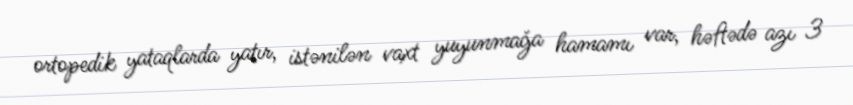
ortopedik yataqlarda yatır, istənilən vaxt yuyunmağa hamamı var, həftədə azı 3